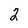
Character: 2